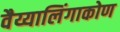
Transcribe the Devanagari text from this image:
वैय्यालिंगाकोण